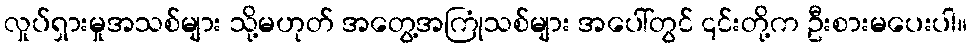
လှုပ်ရှားမှုအသစ်များ သို့မဟုတ် အတွေ့အကြုံသစ်များ အပေါ်တွင် ၎င်းတို့က ဦးစားမပေးပါ။